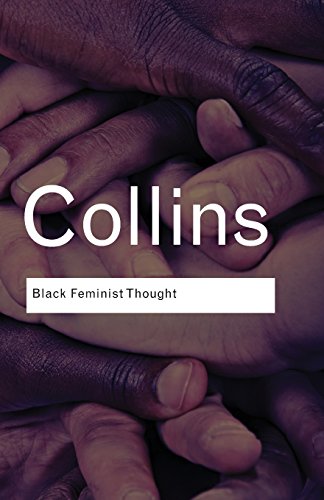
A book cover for Black Feminist Thought: Knowledge, Consciousness, and the Politics of Empowerment (Routledge Classics); Patricia Hill Collins; Politics & Social Sciences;